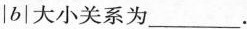
|b|大小关系为___。